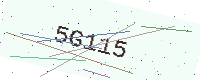
Text: 5G115